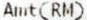
AMT(RM)